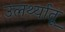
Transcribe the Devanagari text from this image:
उलर्थ्यातू